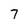
Character: 7